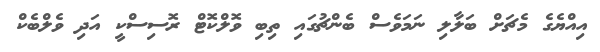
އިއްޔެގެ މެޗަށް ބަލާލި ނަމަވެސް ބެންޗުގައި ތިބި ވޮލްކޮޓް ރޮސިސްކީ އަދި ވެލްބެކް